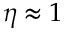
\eta \approx 1